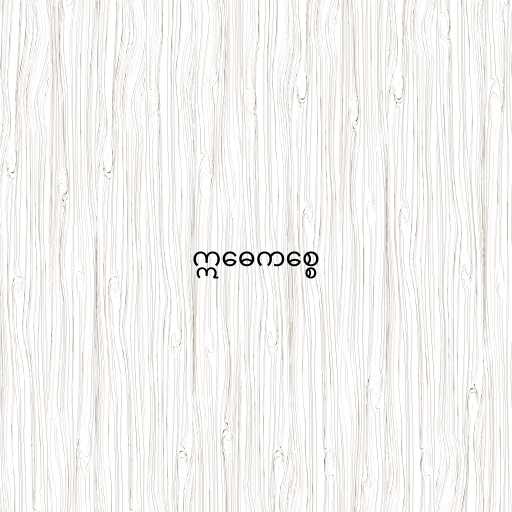
ဣဓေကစ္စေ